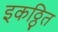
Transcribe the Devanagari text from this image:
इकठ्ठित